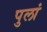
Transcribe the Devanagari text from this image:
पुलां